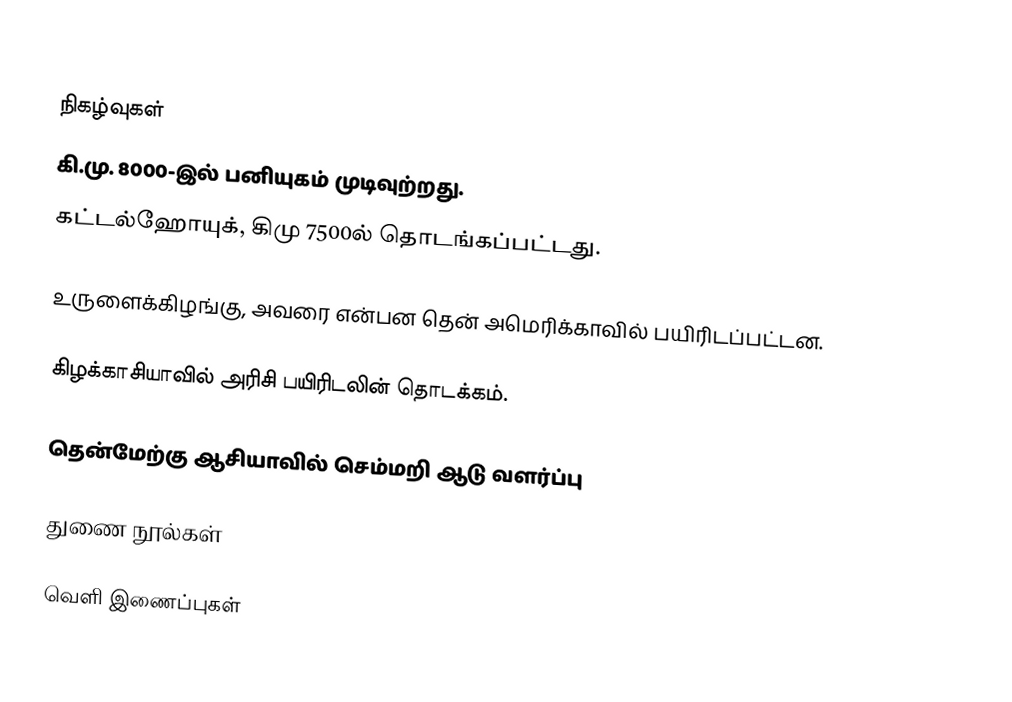

நிகழ்வுகள்
 கி.மு. 8000-இல் பனியுகம் முடிவுற்றது.
 கட்டல்ஹோயுக், கிமு 7500ல் தொடங்கப்பட்டது.

 உருளைக்கிழங்கு, அவரை என்பன தென் அமெரிக்காவில் பயிரிடப்பட்டன.

 கிழக்காசியாவில் அரிசி பயிரிடலின் தொடக்கம்.

 தென்மேற்கு ஆசியாவில் செம்மறி ஆடு வளர்ப்பு

துணை நூல்கள்

வெளி இணைப்புகள்